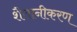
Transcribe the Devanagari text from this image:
शैतानीकरण